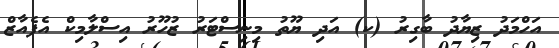
އަހްމަދު ޒިޔާދު ބާގިރު (ކ) އަދި ޔޫތު މިނިސްޓަރު ޒުހޫރު އިސްލާމިކް އެފެއާޒް